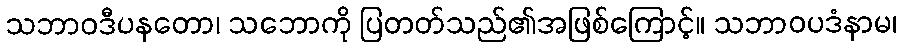
သဘာဝဒီပနတော၊ သဘောကို ပြတတ်သည်၏အဖြစ်ကြောင့်။ သဘာဝပဒံနာမ၊